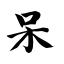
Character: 呆